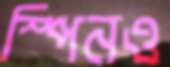
স্পিনও